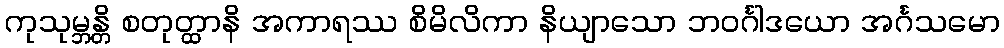
ကုသုမ္ဘန္တိ စတုတ္ထာနိ အကာရဿ စိမိလိကာ နိယျာသော ဘဝင်္ဂါဒယော အင်္ဂသမော